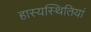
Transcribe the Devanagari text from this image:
हास्यस्थितियां